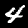
Label: 4